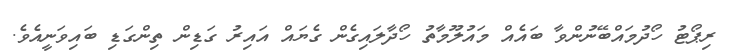
ރިޕޯޓު ހޯދުމައްބޭނުންވާ ބައެއް މައުލޫމާތު ހޯދާލައިގެން ގެޔައް އައިރު ގަޑިން ތިންގަޑި ބައިވަނީއެވެ.